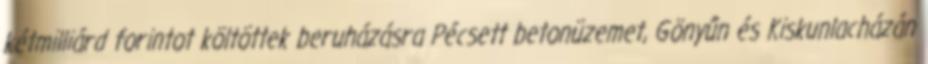
kétmilliárd forintot költöttek beruházásra Pécsett betonüzemet, Gönyűn és Kiskunlacházán